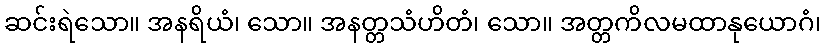
ဆင်းရဲသော။ အနရိယံ၊ သော။ အနတ္တသံဟိတံ၊ သော။ အတ္တကိလမထာနုယောဂံ၊